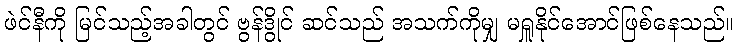
ဖဲင်နီကို မြင်သည့်အခါတွင် ဗွန်ဒွိုင် ဆင်သည် အသက်ကိုမျှ မရှူနိုင်အောင်ဖြစ်နေသည်။